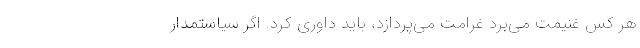
هر کس غنیمت می‌برد غرامت می‌پردازد، باید داوری کرد. اگر سیاستمدار